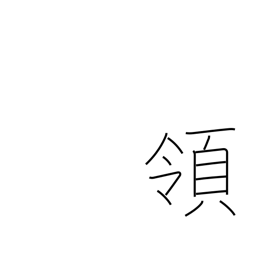
Meaning: reign